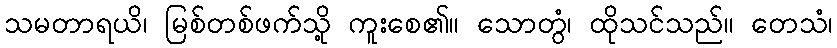
သမတာရယိ၊ မြစ်တစ်ဖက်သို့ ကူးစေ၏။ သောတွံ၊ ထိုသင်သည်။ တေသံ၊